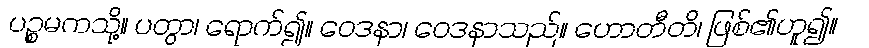
ပဉ္စမကသို့။ ပတွာ၊ ရောက်၍။ ဝေဒနာ၊ ဝေဒနာသည်။ ဟောတီတိ၊ ဖြစ်၏ဟူ၍။